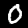
Digit: 0